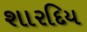
શારદિય